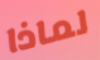
لماذا